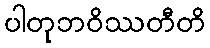
ပါတုဘဝိဿတီတိ